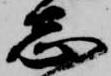
志